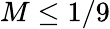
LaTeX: M\leq 1/9